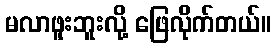
မလာဖူးဘူးလို့ ဖြေလိုက်တယ်။